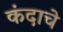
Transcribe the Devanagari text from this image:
कंदाचे